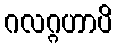
ဂလဂ္ဂဟာပိ